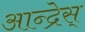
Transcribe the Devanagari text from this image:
आन्द्रेस्